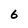
Character: 6